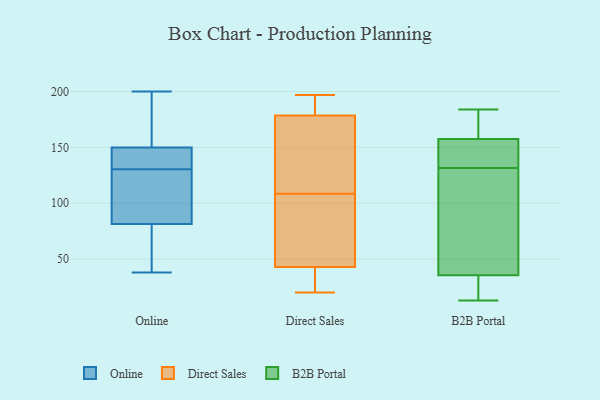
{"axis": {"x": "Conversion Rate (%)", "y": "Value"}, "legend": ["B2B Portal", "Direct Sales", "Online"], "data": [{"x": "", "y": 145, "type": "Online"}, {"x": "", "y": 110, "type": "Online"}, {"x": "", "y": 38, "type": "Online"}, {"x": "", "y": 95, "type": "Online"}, {"x": "", "y": 143, "type": "Online"}, {"x": "", "y": 144, "type": "Online"}, {"x": "", "y": 87, "type": "Online"}, {"x": "", "y": 47, "type": "Online"}, {"x": "", "y": 184, "type": "Online"}, {"x": "", "y": 136, "type": "Online"}, {"x": "", "y": 155, "type": "Online"}, {"x": "", "y": 125, "type": "Online"}, {"x": "", "y": 61, "type": "Online"}, {"x": "", "y": 119, "type": "Online"}, {"x": "", "y": 200, "type": "Online"}, {"x": "", "y": 54, "type": "Online"}, {"x": "", "y": 76, "type": "Online"}, {"x": "", "y": 164, "type": "Online"}, {"x": "", "y": 155, "type": "Online"}, {"x": "", "y": 138, "type": "Online"}, {"x": "", "y": 97, "type": "Direct Sales"}, {"x": "", "y": 47, "type": "Direct Sales"}, {"x": "", "y": 197, "type": "Direct Sales"}, {"x": "", "y": 49, "type": "Direct Sales"}, {"x": "", "y": 44, "type": "Direct Sales"}, {"x": "", "y": 98, "type": "Direct Sales"}, {"x": "", "y": 31, "type": "Direct Sales"}, {"x": "", "y": 184, "type": "Direct Sales"}, {"x": "", "y": 22, "type": "Direct Sales"}, {"x": "", "y": 124, "type": "Direct Sales"}, {"x": "", "y": 180, "type": "Direct Sales"}, {"x": "", "y": 177, "type": "Direct Sales"}, {"x": "", "y": 185, "type": "Direct Sales"}, {"x": "", "y": 35, "type": "Direct Sales"}, {"x": "", "y": 184, "type": "Direct Sales"}, {"x": "", "y": 20, "type": "Direct Sales"}, {"x": "", "y": 42, "type": "Direct Sales"}, {"x": "", "y": 119, "type": "Direct Sales"}, {"x": "", "y": 173, "type": "Direct Sales"}, {"x": "", "y": 119, "type": "Direct Sales"}, {"x": "", "y": 129, "type": "B2B Portal"}, {"x": "", "y": 158, "type": "B2B Portal"}, {"x": "", "y": 144, "type": "B2B Portal"}, {"x": "", "y": 135, "type": "B2B Portal"}, {"x": "", "y": 134, "type": "B2B Portal"}, {"x": "", "y": 30, "type": "B2B Portal"}, {"x": "", "y": 13, "type": "B2B Portal"}, {"x": "", "y": 181, "type": "B2B Portal"}, {"x": "", "y": 55, "type": "B2B Portal"}, {"x": "", "y": 172, "type": "B2B Portal"}, {"x": "", "y": 24, "type": "B2B Portal"}, {"x": "", "y": 41, "type": "B2B Portal"}, {"x": "", "y": 13, "type": "B2B Portal"}, {"x": "", "y": 45, "type": "B2B Portal"}, {"x": "", "y": 157, "type": "B2B Portal"}, {"x": "", "y": 184, "type": "B2B Portal"}]}